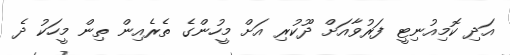
އަދި ކޮމިއުނިޓީ ފަރުވާއަށް ދޫކުރި އަށް މީހުންގެ ތެރެއިން ތިން މީހަކު ދެ